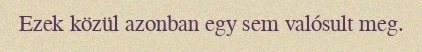
Ezek közül azonban egy sem valósult meg.